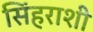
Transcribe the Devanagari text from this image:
सिंहराशी